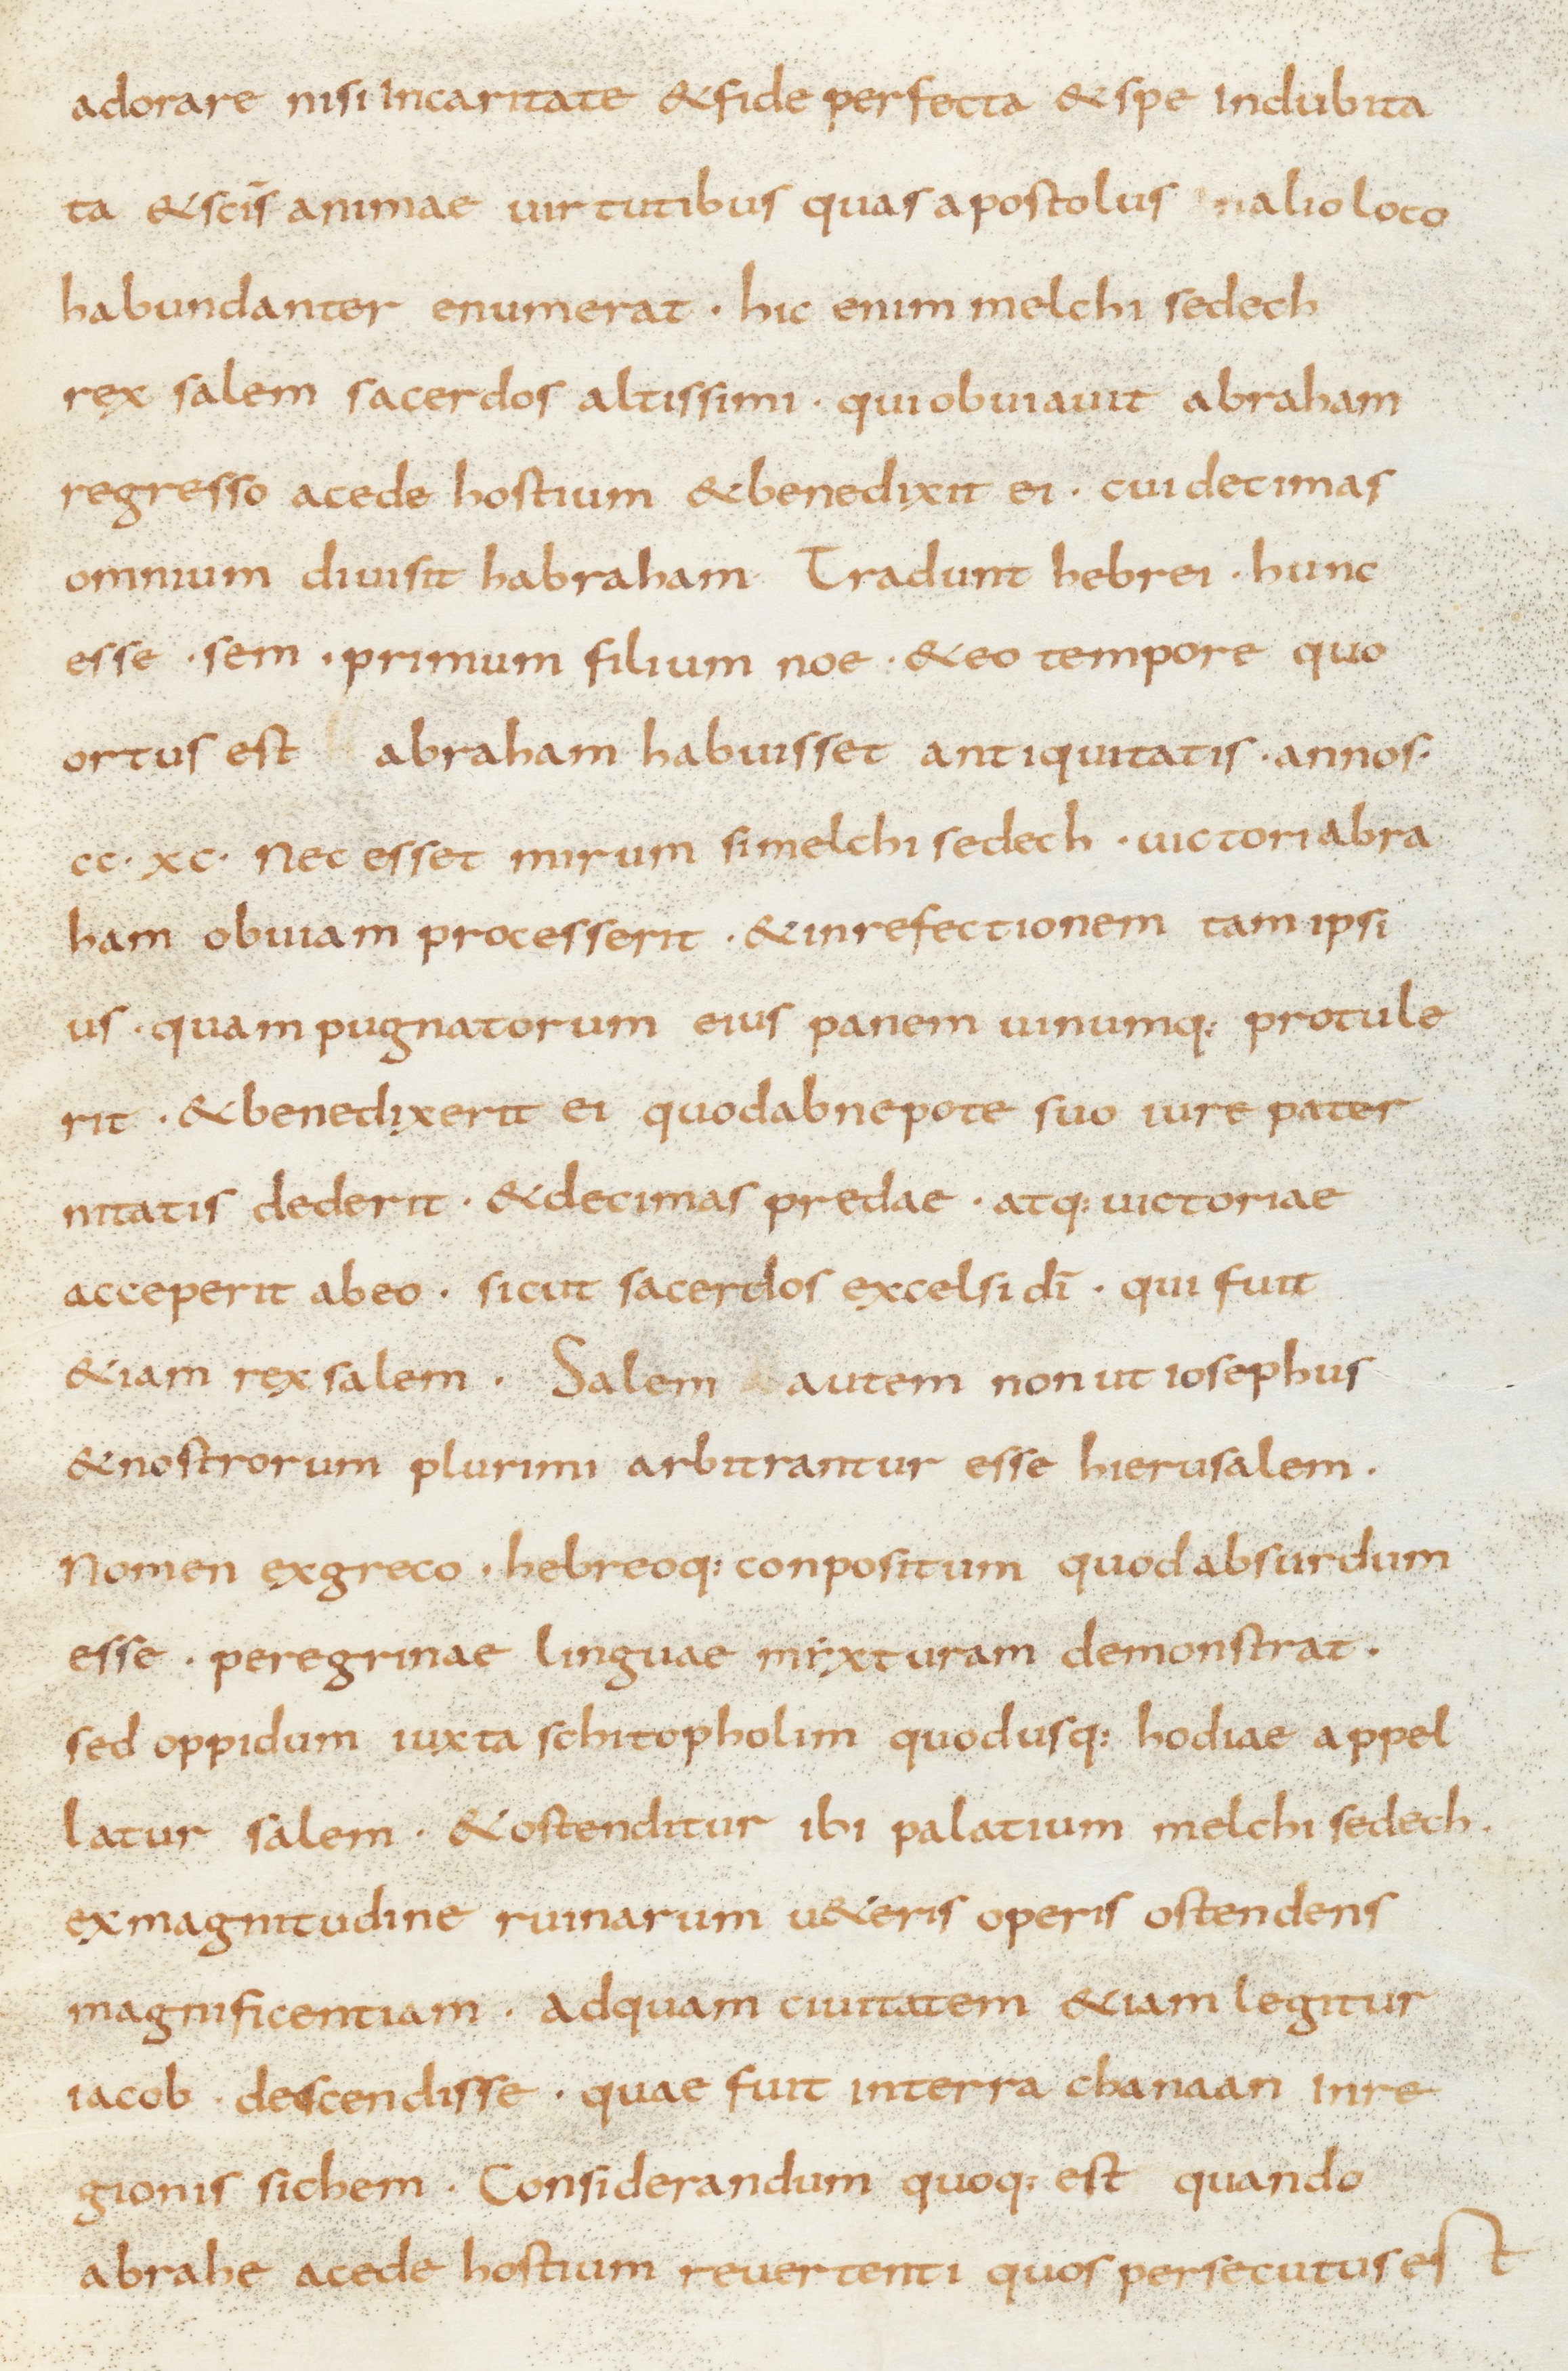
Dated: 800–849